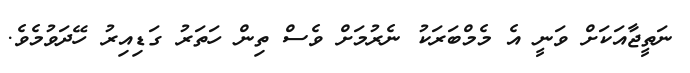
ނަތީޖާއަކަށް ވަނީ އެ މެމްބަރަކު ނެރުމަށް ވެސް ތިން ހަތަރު ގަޑިއިރު ހޭދަވުމެވެ.